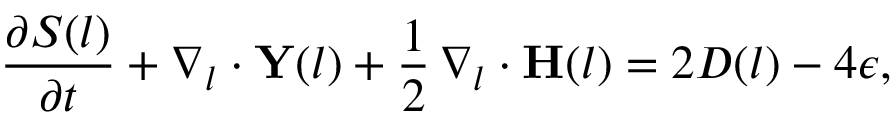
\frac { \partial S ( \boldsymbol { l } ) } { \partial t } + \nabla _ { l } \cdot \mathbf { Y } ( \boldsymbol { l } ) + \frac { 1 } { 2 } \, \nabla _ { l } \cdot \mathbf { H } ( \boldsymbol { l } ) = 2 D ( \boldsymbol { l } ) - 4 \epsilon ,